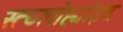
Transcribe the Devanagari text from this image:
स्त्य्लोह्योइद